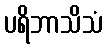
ပရိဘာသိသံ